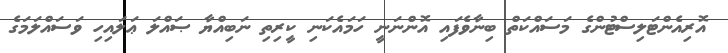
އޮރިއެންޓަލިސްޓުންގެ މަސައްކަތް ބިނާވެފައި އޮންނަނީ ހަމައެކަނި ކީރިތި ނަބިއްޔާ ޞައްލަ ޢަލައިހި ވަސައްލަމަގެ